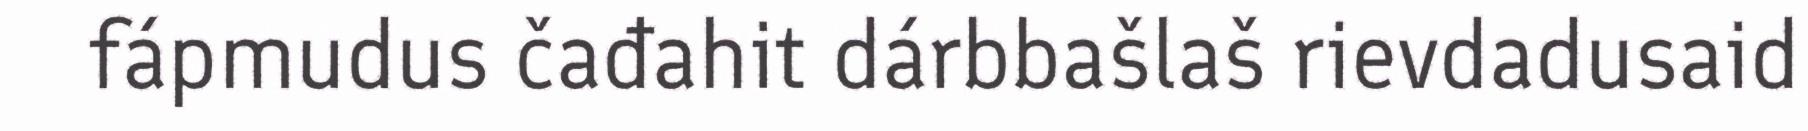
fápmudus čađahit dárbbašlaš rievdadusaid